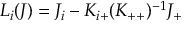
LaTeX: L _ { i } ( J ) = J _ { i } - K _ { i + } ( K _ { + + } ) ^ { - 1 } J _ { + }